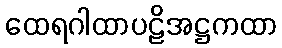
ထေရဂါထာပဠိအဋ္ဌကထာ